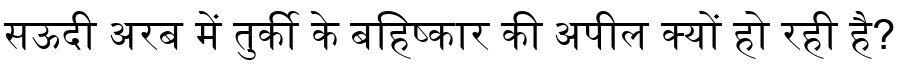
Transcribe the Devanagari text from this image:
सऊदी अरब में तुर्की के बहिष्कार की अपील क्यों हो रही है?